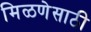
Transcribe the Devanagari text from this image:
मिळणेसाठी